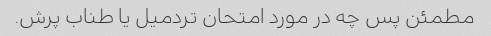
مطمئن پس چه در مورد امتحان تردمیل یا طناب پرش.